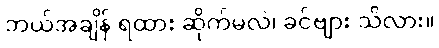
ဘယ်အချိန် ရထား ဆိုက်မလဲ၊ ခင်ဗျား သိလား။